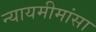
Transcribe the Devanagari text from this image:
न्यायमीमांसा